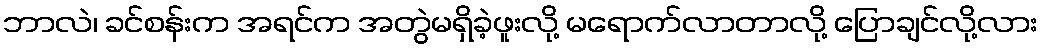
ဘာလဲ၊ ခင်စန်းက အရင်က အတွဲမရှိခဲ့ဖူးလို့ မရောက်လာတာလို့ ပြောချင်လို့လား